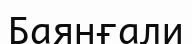
Баянғали